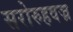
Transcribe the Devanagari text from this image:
सरोरुहवज्र